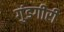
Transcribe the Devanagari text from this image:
गुंडगीरी